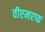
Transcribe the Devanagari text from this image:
वीएमएफ